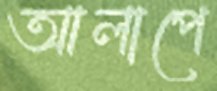
আলাপে